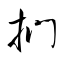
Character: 捫